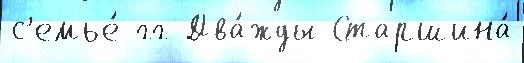
с'емье́ гг Два́жды Старшина́